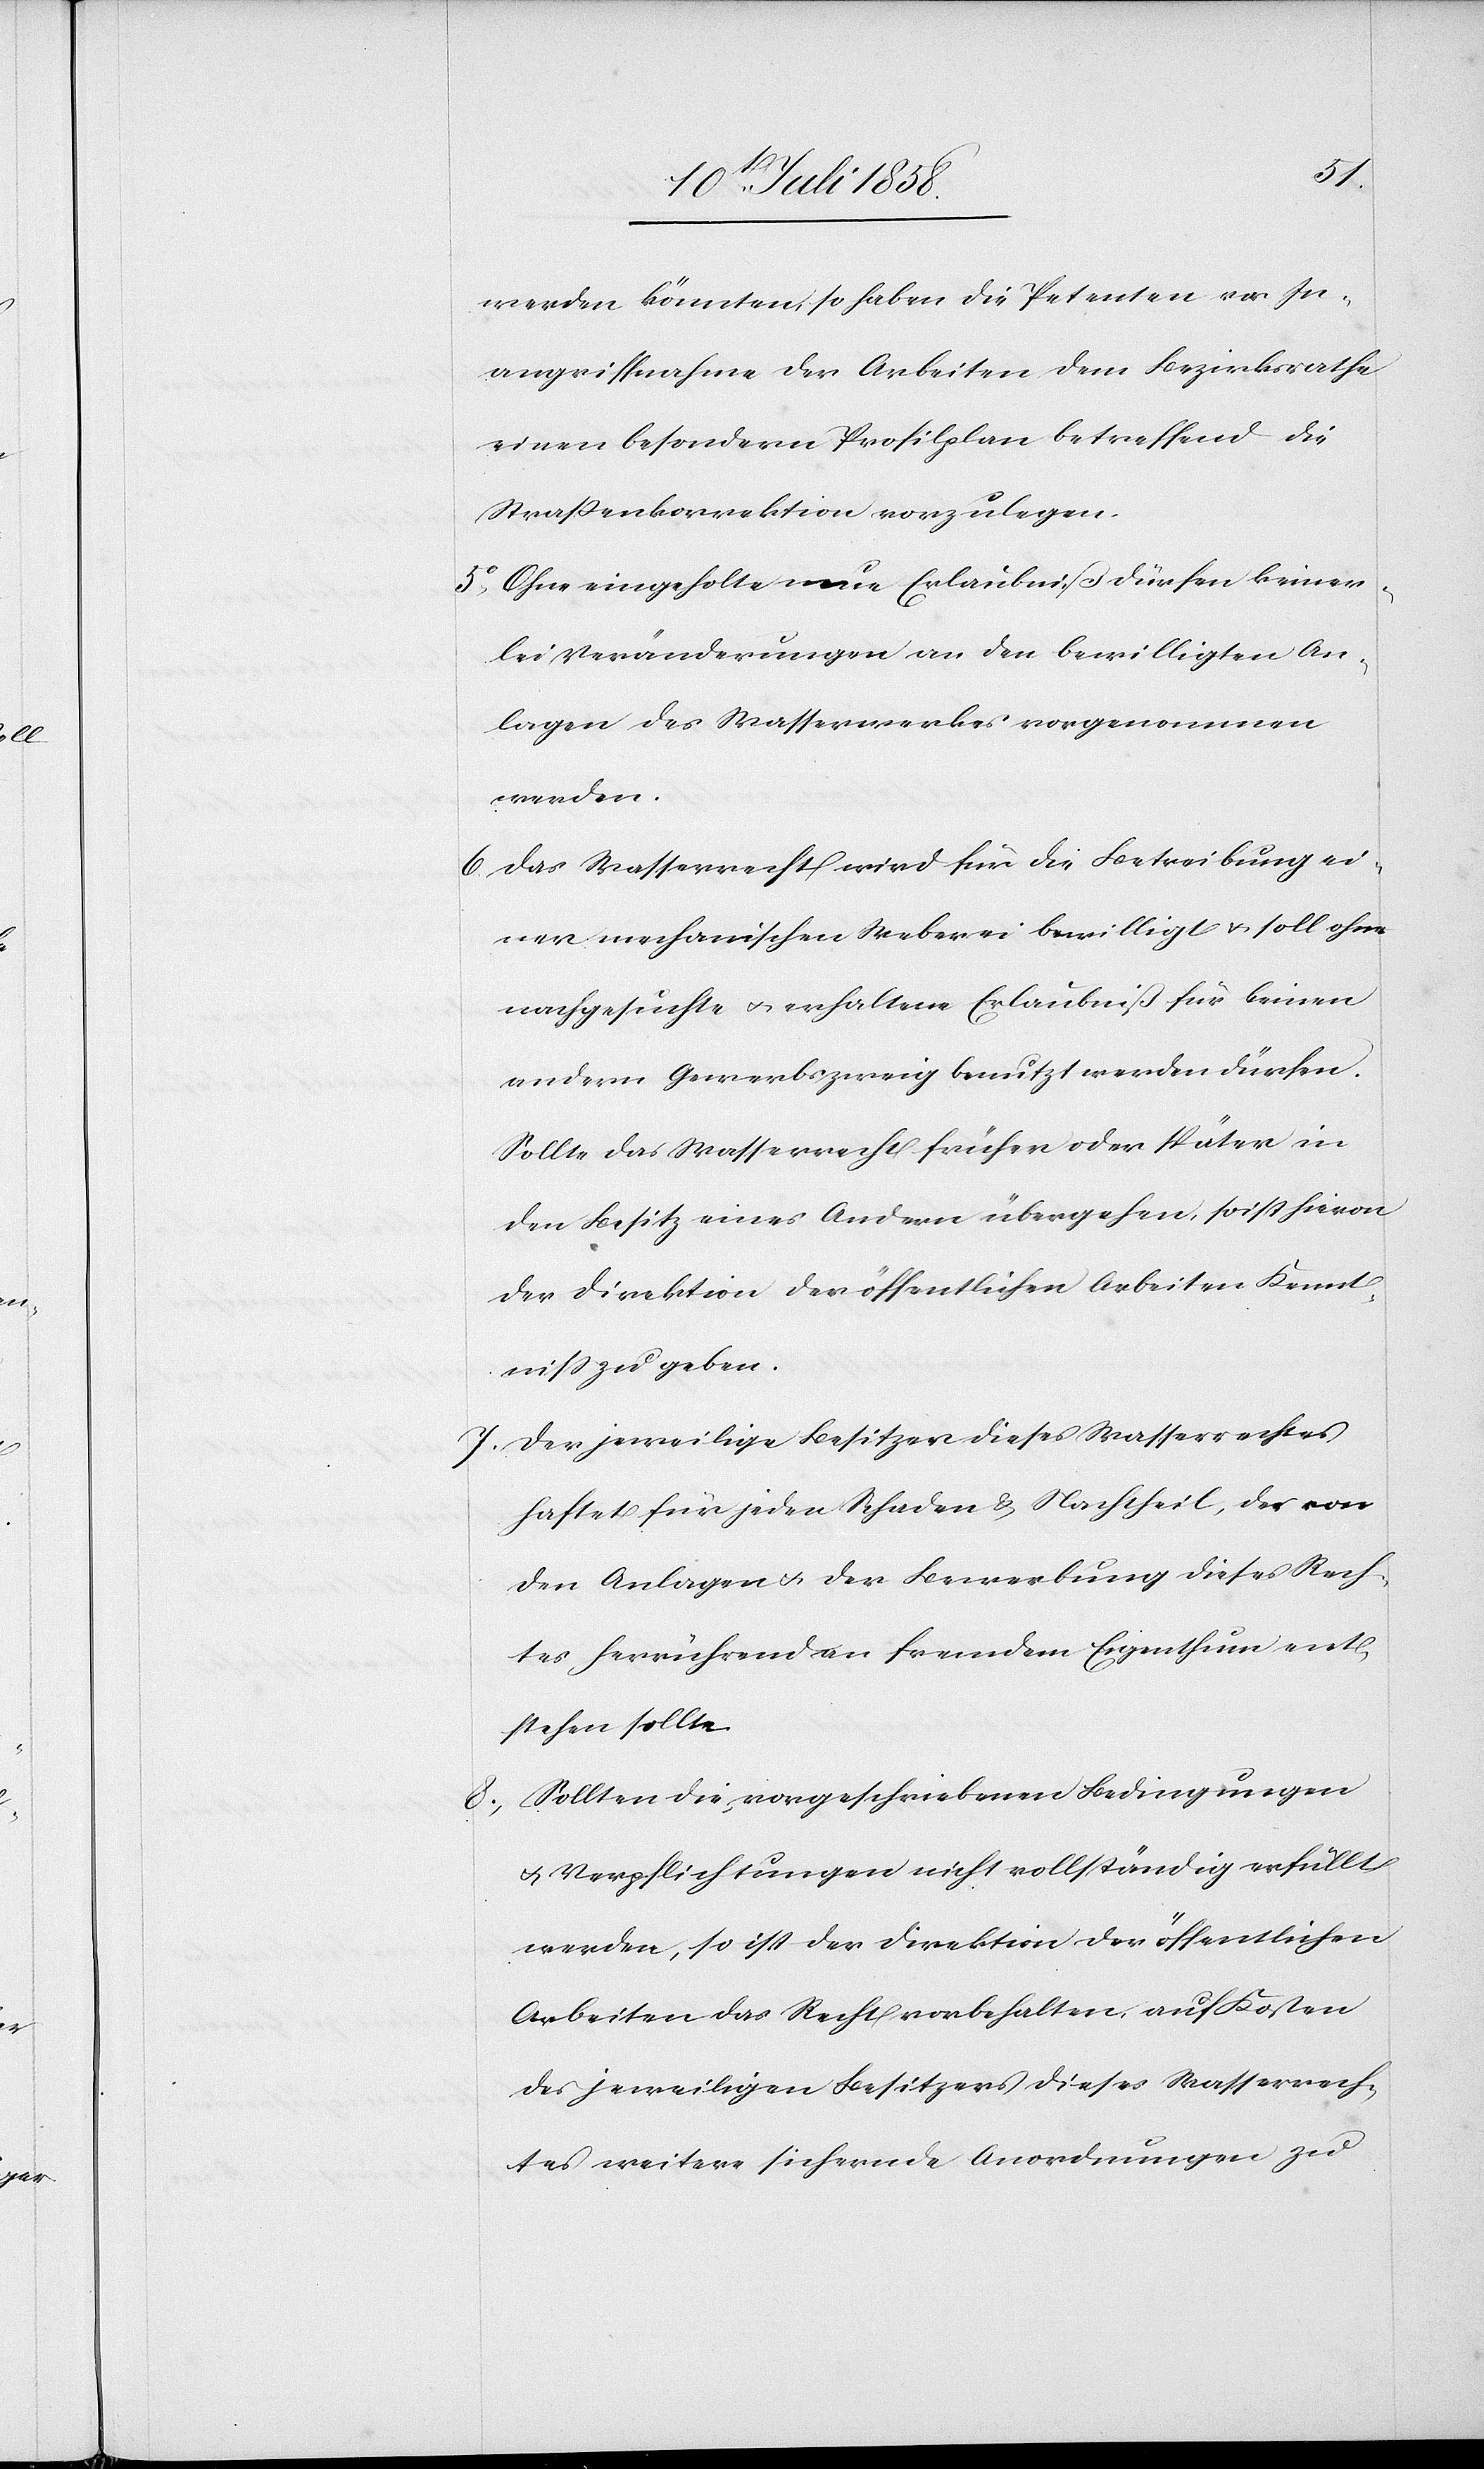
werden könnten, so haben die Petenten vor In¬
angriffnahme der Arbeiten dem Bezirksrathe
einen besondern Profilplan betreffend die
Straßenkorrektion vorzulegen.
Ohne eingeholte neue Erlaubniß dürfen keiner¬
lei Veränderungen an den bewilligten An¬
lagen des Wasserwerkes vorgenommen
werden.
Das Wasserrecht wird für die Betreibung ei¬
ner mechanischen Weberei bewilligt & soll ohne
nachgesuchte & erhaltene Erlaubniß für keinen
andern Gewerbszweig benutzt werden dürfen.
Sollte das Wasserrecht früher oder später in
den Besitz eines Andern übergehen, so ist hievon
der Direktion der öffentlichen Arbeiten Kennt¬
niss zu geben.
Der jeweilige Besitzer dieses Wasserrechtes
haftet für jeden Schaden & Nachtheil, der von
den Anlagen & der Bewerbung dieses Rech¬
tes herrührend an fremdem Eigenthum ent¬
stehen sollte.
Sollten die vorgeschriebenen Bedingungen
& Verpflichtungen nicht vollständig erfüllt
werden, so ist der Direktion der öffentlichen
Arbeiten das Recht vorbehalten, auf Kosten
des jeweiligen Besitzers dieses Wasserrech¬
tes weitere sichernde Anordnungen zu